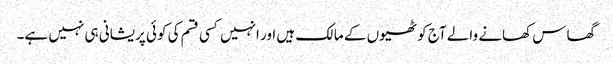
گھاس کھانے والے آج کوٹھیوں کے مالک ہیں اور انہیں کسی قسم کی کوئی پریشانی ہی نہیں ہے۔